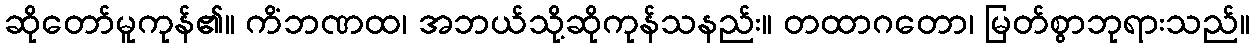
ဆိုတော်မူကုန်၏။ ကိံဘဏထ၊ အဘယ်သို့ဆိုကုန်သနည်း။ တထာဂတော၊ မြတ်စွာဘုရားသည်။